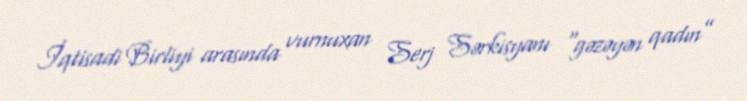
İqtisadi Birliyi arasında vurnuxan Serj Sərkisyanı “gəzəyən qadın”